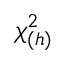
\chi _ { ( h ) } ^ { 2 }